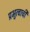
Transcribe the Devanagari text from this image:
प्रभुत्वाची